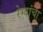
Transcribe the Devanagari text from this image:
रेग्यांचा